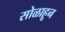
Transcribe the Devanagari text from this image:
सोळाहून